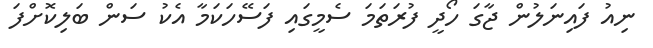
ނިއު ފައިނަލުން ޖާގަ ހޯދީ ފުރަތަމަ ސެމީގައި ފަސޭހަކަމާ އެކު ސަން ބަލިކޮށްފަ